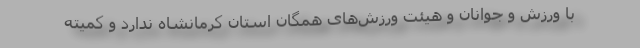
با ورزش و جوانان و هیئت ورزش‌های همگان استان کرمانشاه ندارد و کمیته